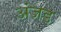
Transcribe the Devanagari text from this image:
अंजड